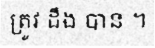
ត្រូវ ដឹង បាន ។